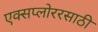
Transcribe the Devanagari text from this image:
एक्सप्लोररसाठी